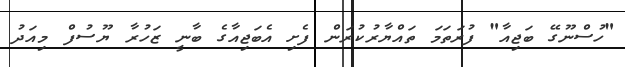
"ހުސްނޫގޭ ބަޖިއާ" ފުރަތަމަ ތައްޔާރުކުރަން ފެށި އެބަޖިއާގެ ބާނީ ޒަހުރާ ޔޫސުފް މިއަދު